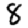
Digit: 8